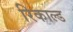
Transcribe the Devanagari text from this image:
रिकाल्ड